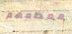
معظمهم